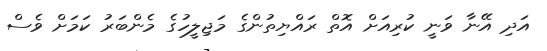
އަދި އޭނާ ވަނީ ކުރިއަށް އޮތް ރައްޔިތުންގެ މަޖިލީހުގެ މެންބަރު ކަމަށް ވެސް